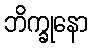
ဘိက္ခုနော